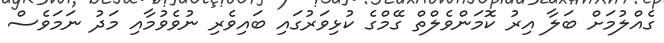
ގެއްލުމަށް ބަލާ އިރު ކޮމަންވެލްތް ގޭމްގެ ކުޅިވަރުގައި ބައިވެރި ނުވެވުމާއި މަދު ނަމަވެސް